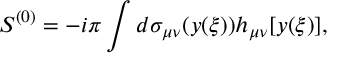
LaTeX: S ^ { ( 0 ) } = - i \pi \int d \sigma _ { \mu \nu } ( y ( \xi ) ) h _ { \mu \nu } [ y ( \xi ) ] ,